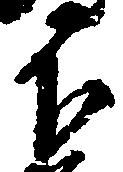
下